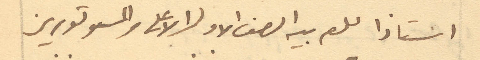
استاذا للعربيه الصف الاول الاعلى والمسيو تورين